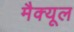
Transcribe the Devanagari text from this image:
मैक्यूल